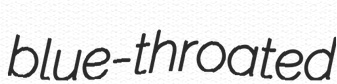
blue-throated